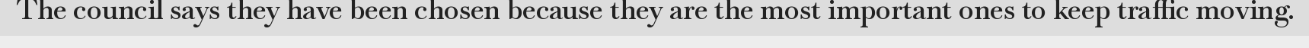
The council says they have been chosen because they are the most important ones to keep traffic moving.